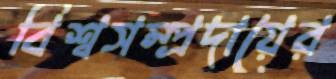
বিশ্বসম্প্রদায়ের